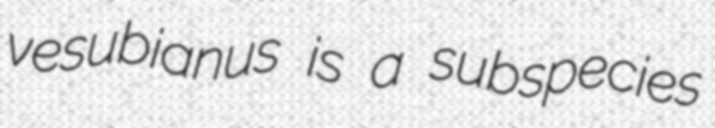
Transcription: vesubianus is a subspecies